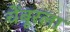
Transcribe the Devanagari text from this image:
चेंबूरला